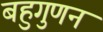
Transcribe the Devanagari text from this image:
बहुगुणन